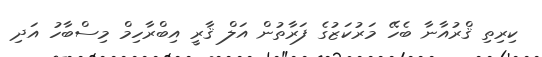
ކިރިތި ޤްރުއާނާ ބެހޭ މަރުކަޒުގެ ފަރާތުން އަލް ޤާރީ އިބްރާހިމް މިސްބާހު އަދި